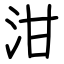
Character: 泔